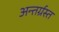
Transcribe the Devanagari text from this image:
अन्‍तर्ग्रस्‍त